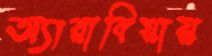
অ্যারাবিয়ায়